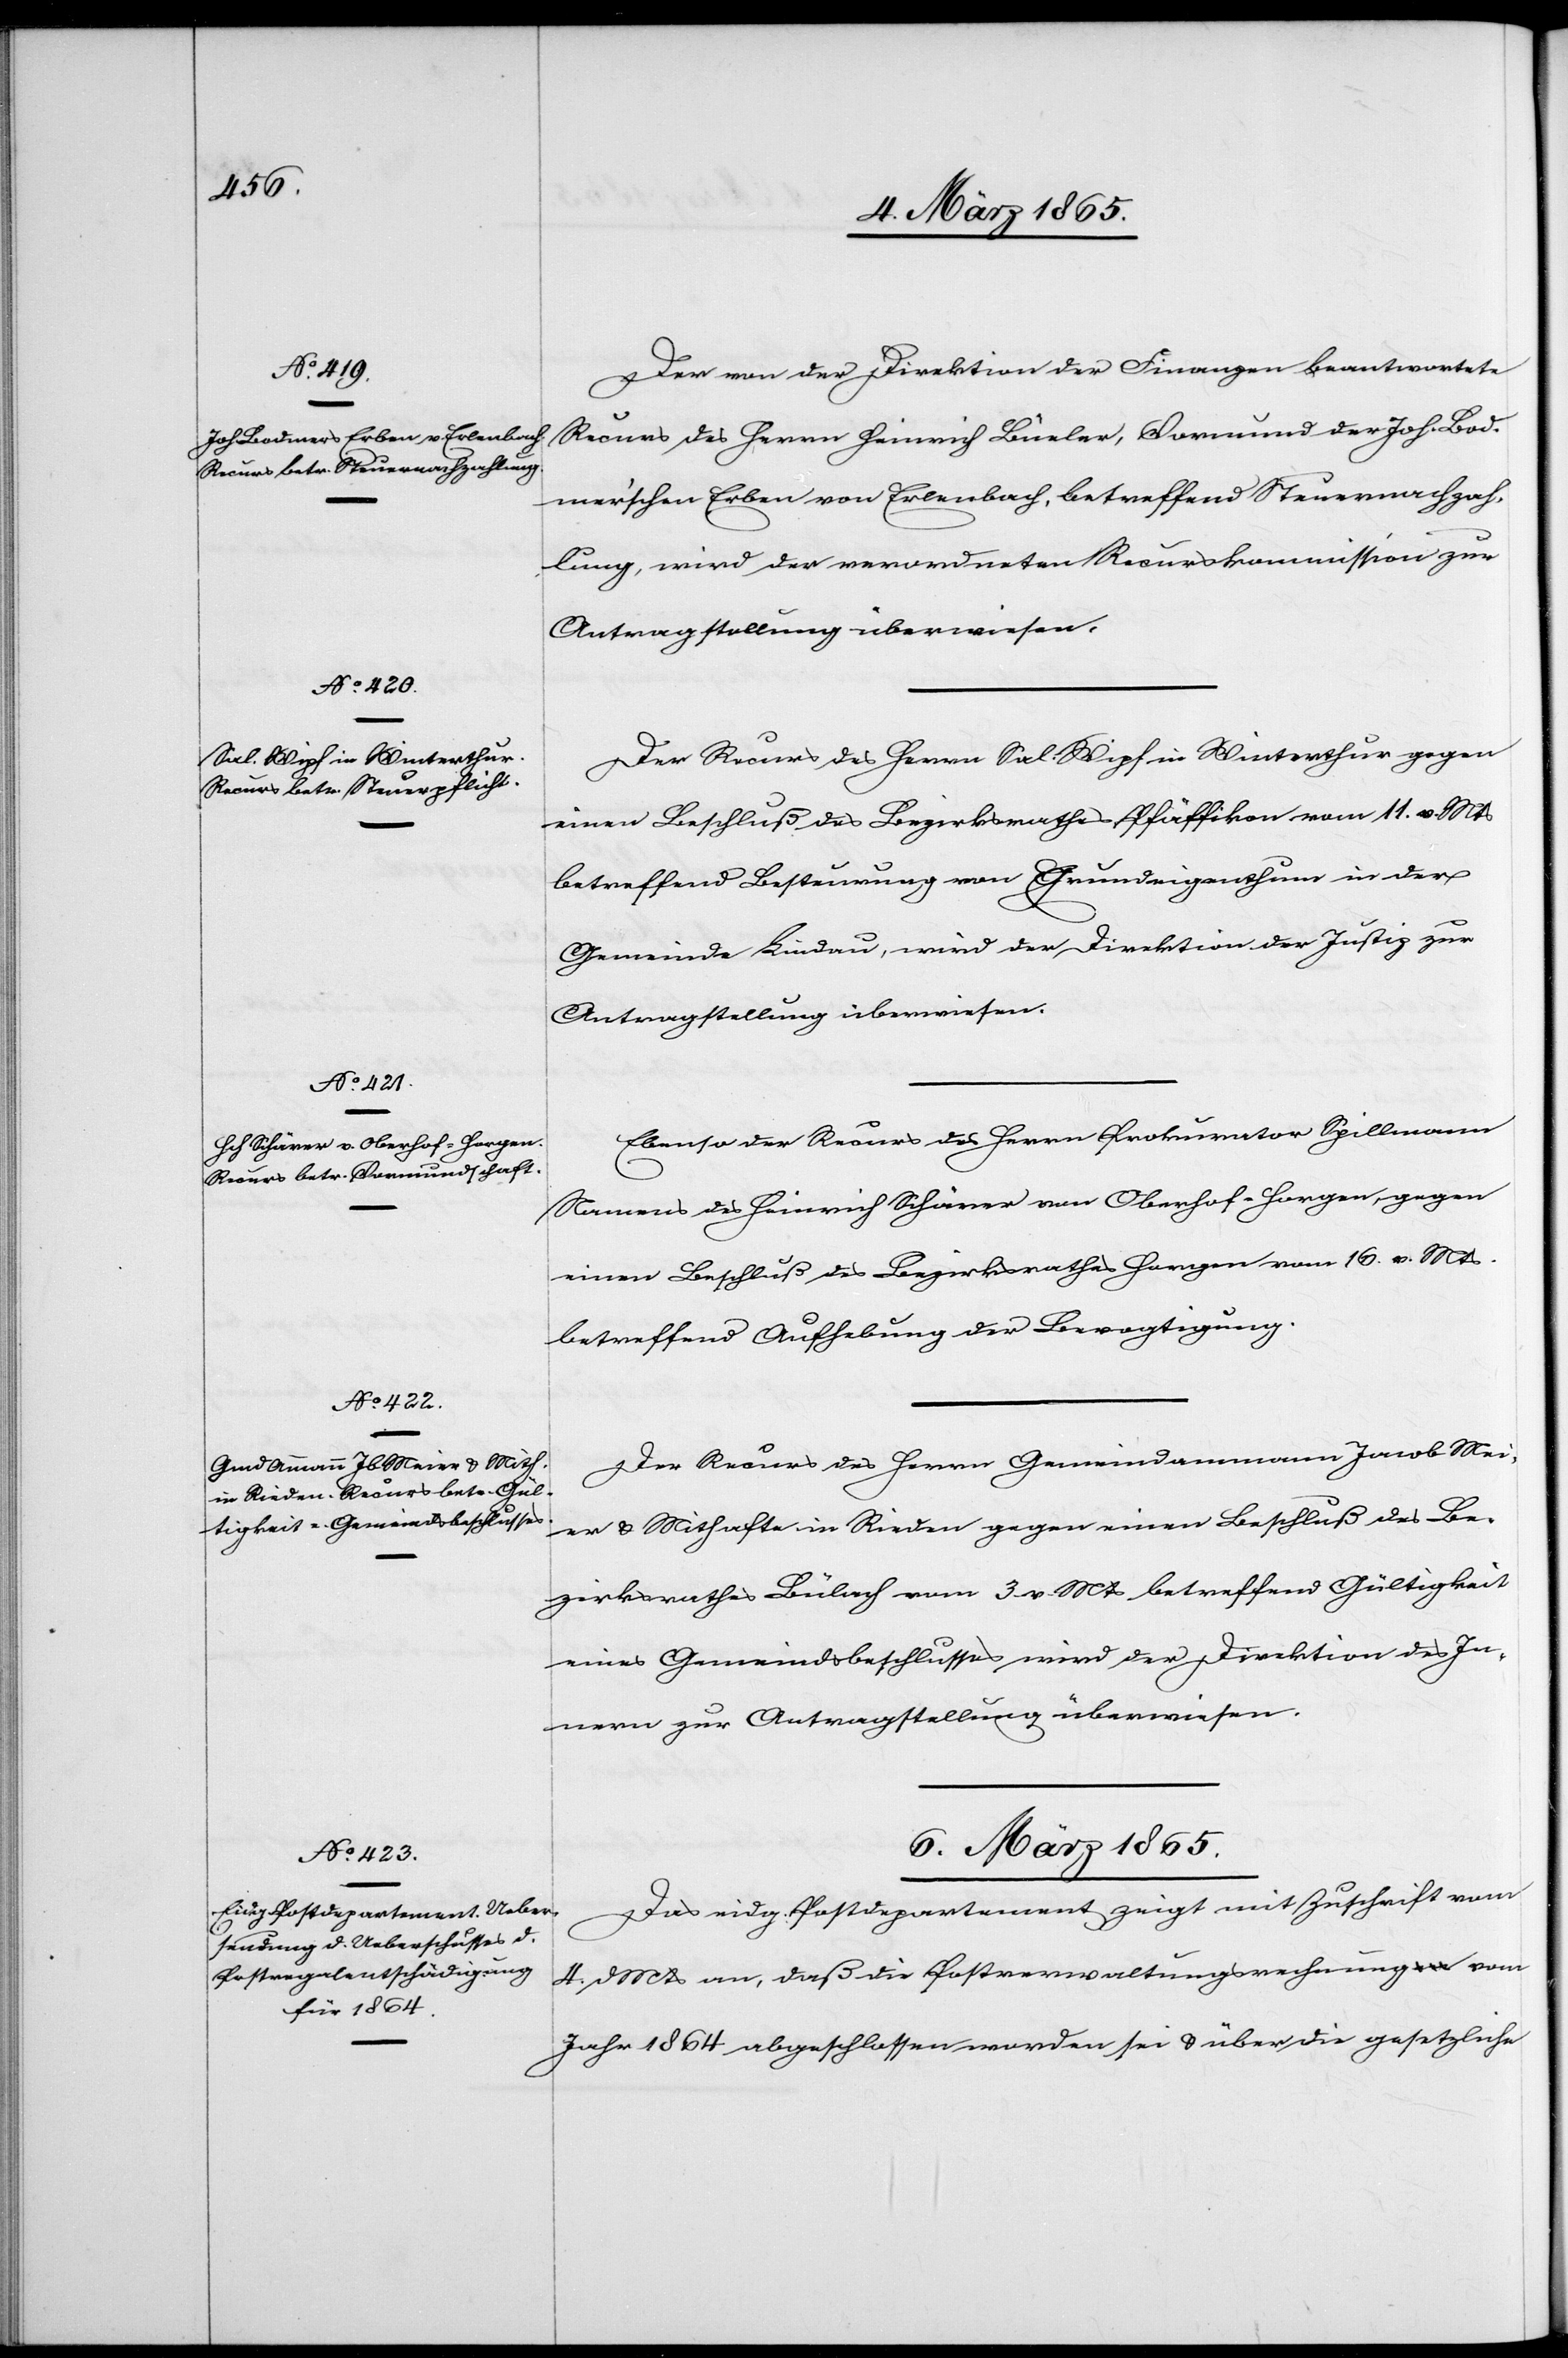
4. März 1865.]
Der von der Direktion der Finanzen beantwortete
Recurs des Herrn Heinrich Büeler, Vormund der Joh. Bod¬
mer’schen Erben von Erlenbach, betreffend Steuernachzah¬
lung, wird der verordneten Recurskommission zur
Antragstellung überwiesen.
Der Recurs des Herrn Sal. Wipf in Winterthur gegen
einen Beschluß des Bezirksrathes Pfäffikon vom 11. v. Mts
betreffend Besteurung von Grundeigenthum in der
Gemeinde Lindau, wird der Direktion der Justiz zur
Antragstellung überwiesen.
Ebenso der Recurs des Herrn Prokurator Spillmann
Namens des Heinrich Schärer von Oberhof-Horgen, gegen
einen Beschluß des Bezirksrathes Horgen vom 16. v. Mts
betreffend Aufhebung der Bevogtigung.
Der Recurs des Herrn Gemeindamman Jacob Mei¬
er u. Mithafte in Rieden gegen einen Beschluß des Be¬
zirksrathes Bülach vom 3 v. Mts betreffend Gültigkeit
eines Gemeindsbeschlusses wird der Direktion der
6. März 1865.
Das eidg. Postdepartement zeigt mit Zuschrift vom
4. d. Mts an, daß die Postverwaltungsrechnung vom
Jahr 1864 abgeschlossen worden sei u. über die gesetzliche